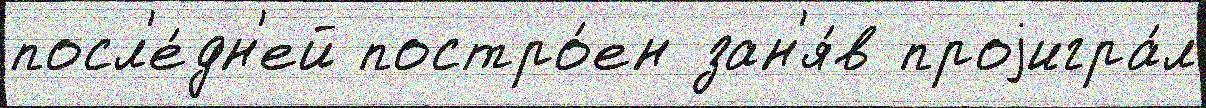
посл'е́дн'ей постро́ен зан'я́в проjигра́л